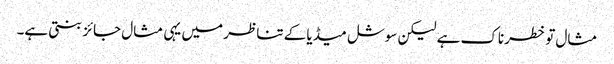
مثال تو خطرناک ہے لیکن سوشل میڈیا کے تناظر میں یہی مثال جائز بنتی ہے۔